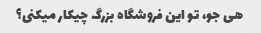
هی جو، تو این فروشگاه بزرگ چیکار میکنی؟